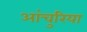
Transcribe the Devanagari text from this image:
आंचुरिया